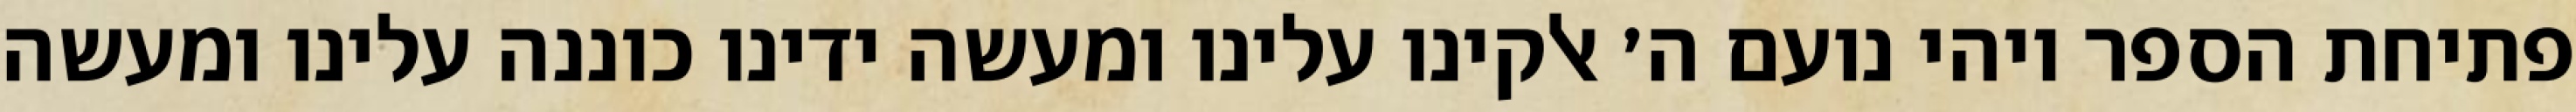
פתיחת הספר ויהי נועם ה׳ אלקינו עלינו ומעשה ידינו כוננה עלינו ומעשה